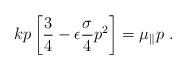
LaTeX: \begin{align*}kp \left[ {3\over 4} -\epsilon {\sigma \over 4} p^2 \right] = \mu_\parallel p\ .\end{align*}